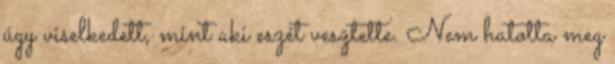
úgy viselkedett, mint aki eszét vesztette. Nem hatotta meg